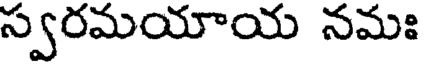
స్వరమయాయ నమః